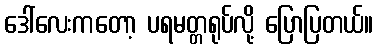
ဒေါ်လေးကတော့ ပရမတ္တရုပ်လို့ ပြောပြတယ်။